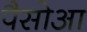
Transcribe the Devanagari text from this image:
पैसोआ